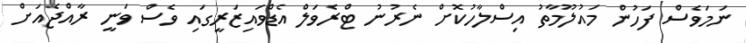
ނަމަވެސް ފަހުން މައުލޫމާތު އިސްލާހުކޮށް ނެރުނު ޓްރެވަލް އެޑްވައިޒަރީގައި ވެސް ވަނީ ރާއްޖެއަށް